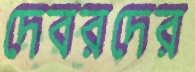
দেবরদের